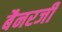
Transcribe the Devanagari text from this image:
बैनरजी